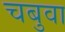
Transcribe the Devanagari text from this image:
चबुवा